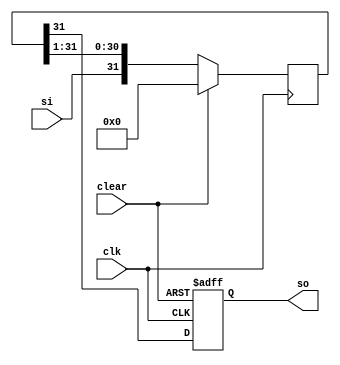
module sisomod_32bit (
  input clk,     // Clock signal
  input si,      // Serial input
  input clear,   // Clear signal
  output so      // Serial output
);

  reg so;         // Serial output
  reg [31:0] tmp; // 32-bit shift register

always @(posedge clk) begin
  if (clear) begin
    tmp <= 32'b0; // Clear the shift register
  end else begin
    tmp <= {si, tmp[31:1]}; // Shift left for SISO
  end
end


  always @(posedge clk or posedge clear) begin
    if (clear) begin
      so <= 1'b0; // Clear the serial output
    end else begin
      so <= tmp[31]; // Output the most significant bit
    end
  end

endmodule